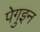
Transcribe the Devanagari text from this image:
पेगुइन